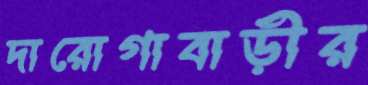
দারোগাবাড়ীর